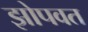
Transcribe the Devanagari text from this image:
झोपवत